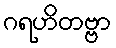
ဂရဟိတဗ္ဗာ